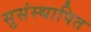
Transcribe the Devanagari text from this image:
सुसंस्थापित